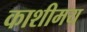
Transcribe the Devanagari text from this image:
काशीमय